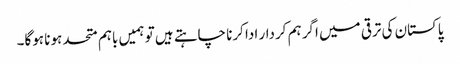
پاکستان کی ترقی میں اگر ہم کردار ادا کرنا چاہتے ہیں تو ہمیں باہم متحد ہونا ہوگا۔